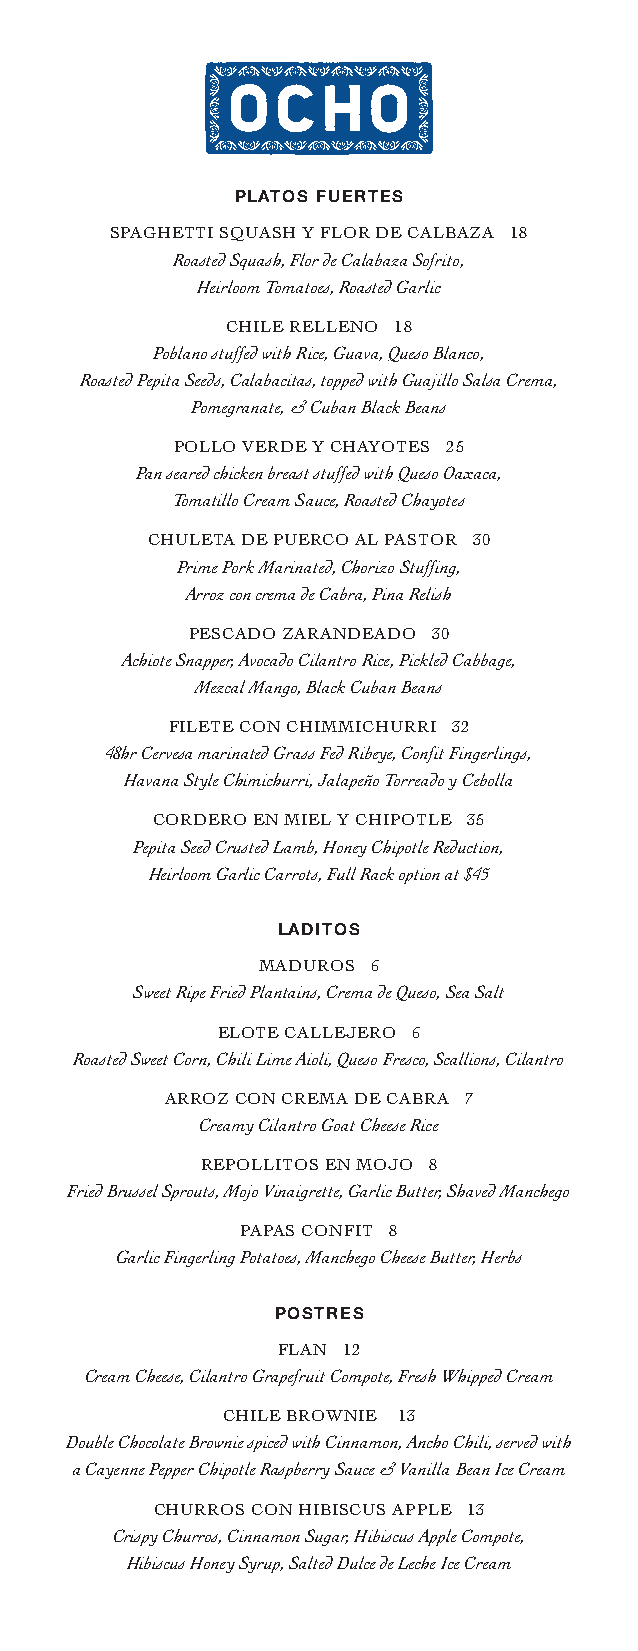
PLATOS FUERTES
 SPAGHETTI SQUASH Y FLOR DE CALBAZA 18
 Roasted Squash, Flor de Calabaza Sofrito,
 Heirloom Tomatoes, Roasted Garlic
 CHILE RELLENO 18
 Poblano stuffed with Rice, Guava, Queso Blanco,
 Roasted Pepita Seeds, Calabacitas, topped with Guajillo Salsa Crema,
 Pomegranate, & Cuban Black Beans
 POLLO VERDE Y CHAYOTES 25
 Pan seared chicken breast stuffed with Queso Oaxaca,
 Tomatillo Cream Sauce, Roasted Chayotes
 CHULETA DE PUERCO AL PASTOR 30
 Prime Pork Marinated, Chorizo Stuffing,
 Arroz con crema de Cabra, Pina Relish
 PESCADO ZARANDEADO 30
 Achiote Snapper, Avocado Cilantro Rice, Pickled Cabbage,
 Mezcal Mango, Black Cuban Beans
 FILETE CON CHIMMICHURRI 32
 48hr Cervesa marinated Grass Fed Ribeye, Confit Fingerlings,
 Havana Style Chimichurri, Jalapeño Torreado y Cebolla
 CORDERO EN MIEL Y CHIPOTLE 35
 Pepita Seed Crusted Lamb, Honey Chipotle Reduction,
 Heirloom Garlic Carrots, Full Rack option at $45
 LADITOS
 MADUROS 6
 Sweet Ripe Fried Plantains, Crema de Queso, Sea Salt
 ELOTE CALLEJERO 6
 Roasted Sweet Corn, Chili Lime Aioli, Queso Fresco, Scallions, Cilantro
 ARROZ CON CREMA DE CABRA 7
 Creamy Cilantro Goat Cheese Rice
 REPOLLITOS EN MOJO 8
 Fried Brussel Sprouts, Mojo Vinaigrette, Garlic Butter, Shaved Manchego
 PAPAS CONFIT 8
 Garlic Fingerling Potatoes, Manchego Cheese Butter, Herbs
 POSTRES
 FLAN 12
 Cream Cheese, Cilantro Grapefruit Compote, Fresh Whipped Cream
 CHILE BROWNIE 13
 Double Chocolate Brownie spiced with Cinnamon, Ancho Chili, served with
 a Cayenne Pepper Chipotle Raspberry Sauce & Vanilla Bean Ice Cream
 CHURROS CON HIBISCUS APPLE 13
 Crispy Churros, Cinnamon Sugar, Hibiscus Apple Compote,
 Hibiscus Honey Syrup, Salted Dulce de Leche Ice Cream